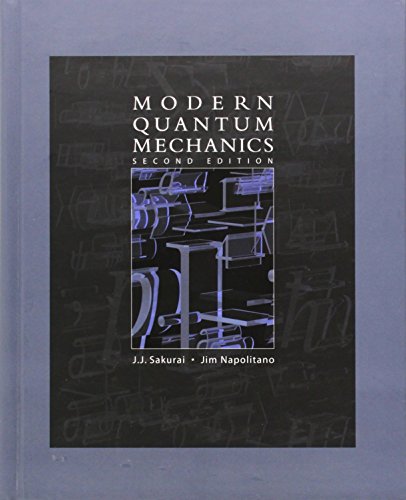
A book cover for Modern Quantum Mechanics (2nd Edition); J. J. Sakurai; Science & Math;